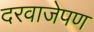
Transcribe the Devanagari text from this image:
दरवाजेपण